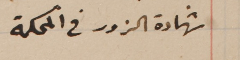
شهادة الزور فى المحكمة